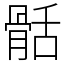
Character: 䯏